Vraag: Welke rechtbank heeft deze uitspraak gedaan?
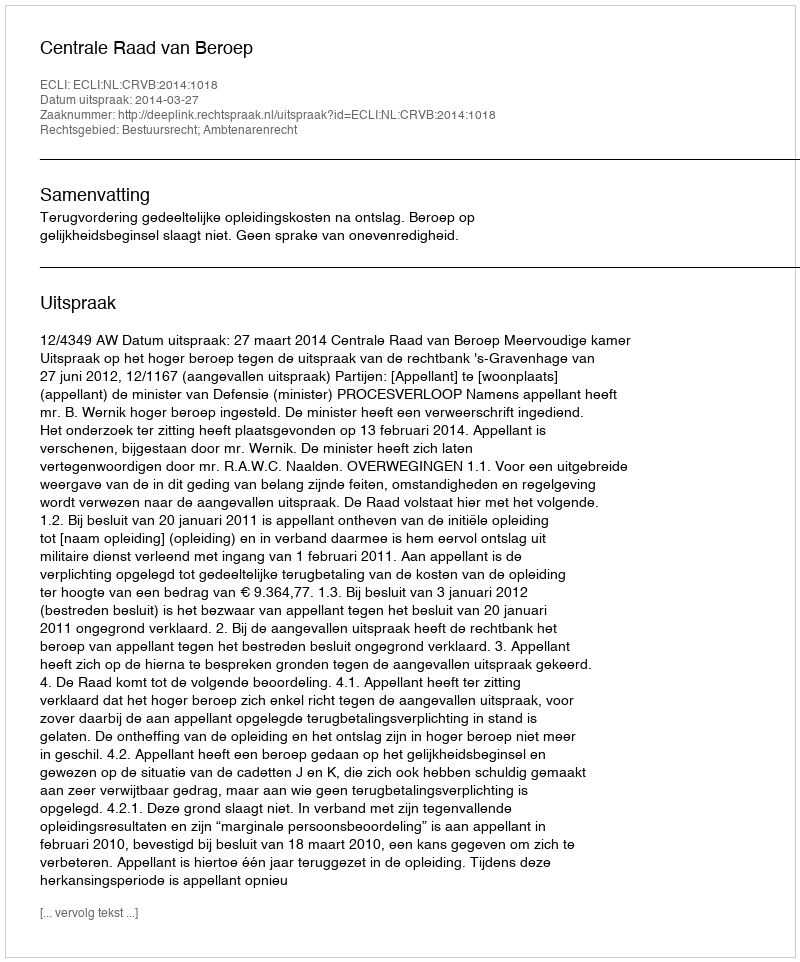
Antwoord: Centrale Raad van Beroep